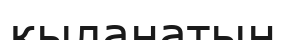
қыланатын